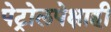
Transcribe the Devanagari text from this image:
पेट्रोलपेक्षाही